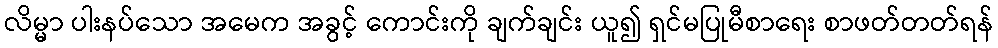
လိမ္မာ ပါးနပ်သော အမေက အခွင့် ကောင်းကို ချက်ချင်း ယူ၍ ရှင်မပြုမီစာရေး စာဖတ်တတ်ရန်